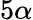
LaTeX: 5\alpha